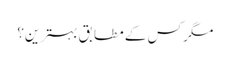
مگر کس کے مطابق بہترین؟